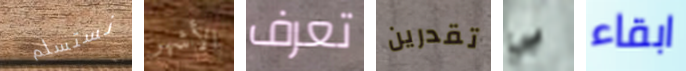
نستسلم الأشهر تعرف تقدرين بي ابقاء